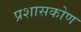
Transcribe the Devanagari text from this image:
प्रशासकोण